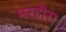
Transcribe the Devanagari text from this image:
मरहौरा